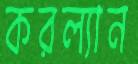
করল্যান